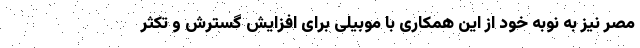
مصر نیز به نوبه خود از این همکاری با موبیلی برای افزایش گسترش و تکثر